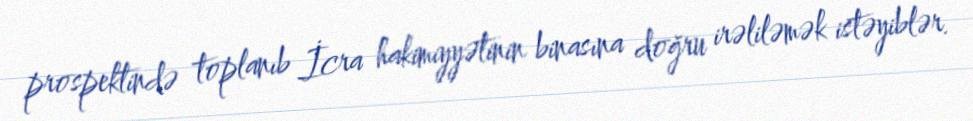
prospektində toplanıb İcra hakimiyyətinin binasına doğru irəliləmək istəyiblər.